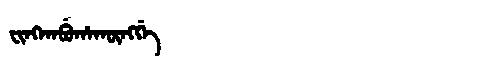
Manchu: ᠸᡳᠩᡴᠠᠪᡠᡥᠠᡴᡡᠩᡤᡝ
Romanization: FINGKABUHAKŪNGGE